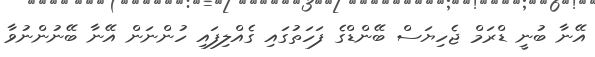
އޭނާ ބުނީ ޑްރަމް ޖެހިޔަސް ބޭންޑްގެ ފަހަތުގައި ގެއްލިފައި ހުންނަން އޭނާ ބޭނުންނުވާ